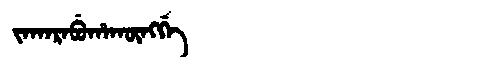
Manchu: ᠵᠠᡴᠠᡵᠠᠪᡠᡥᠠᡴᡡᠩᡤᡝ
Romanization: JAKARABUHAKŪNGGE